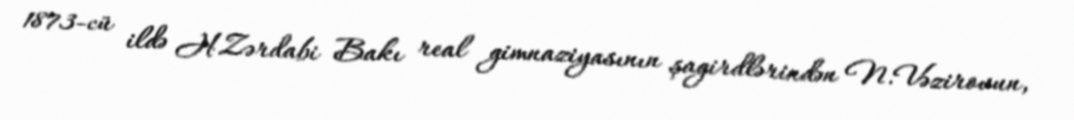
1873-cü ildə H.Zərdabi Bakı real gimnaziyasının şagirdlərindən N.Vəzirovun,